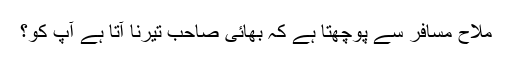
ملاح مسافر سے پوچھتا ہے کہ بھائی صاحب تیرنا آتا ہے آپ کو؟